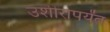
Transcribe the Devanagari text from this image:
उशीरापर्यंत